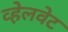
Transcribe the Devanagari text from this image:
व्हेलवेट